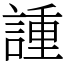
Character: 諥